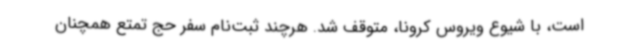
است، با شیوع ویروس کرونا، متوقف شد. هرچند ثبت‌نام سفر حج تمتع همچنان